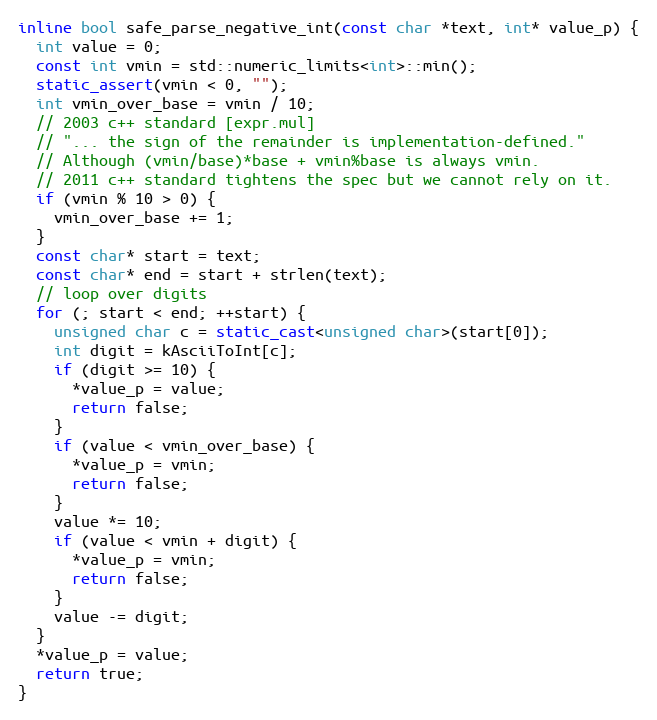
Language: C++
inline bool safe_parse_negative_int(const char *text, int* value_p) {
  int value = 0;
  const int vmin = std::numeric_limits<int>::min();
  static_assert(vmin < 0, "");
  int vmin_over_base = vmin / 10;
  // 2003 c++ standard [expr.mul]
  // "... the sign of the remainder is implementation-defined."
  // Although (vmin/base)*base + vmin%base is always vmin.
  // 2011 c++ standard tightens the spec but we cannot rely on it.
  if (vmin % 10 > 0) {
    vmin_over_base += 1;
  }
  const char* start = text;
  const char* end = start + strlen(text);
  // loop over digits
  for (; start < end; ++start) {
    unsigned char c = static_cast<unsigned char>(start[0]);
    int digit = kAsciiToInt[c];
    if (digit >= 10) {
      *value_p = value;
      return false;
    }
    if (value < vmin_over_base) {
      *value_p = vmin;
      return false;
    }
    value *= 10;
    if (value < vmin + digit) {
      *value_p = vmin;
      return false;
    }
    value -= digit;
  }
  *value_p = value;
  return true;
}